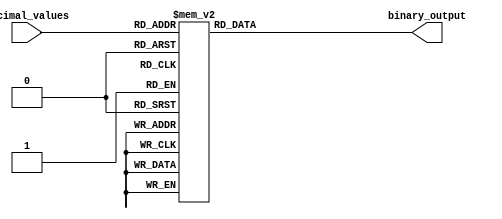
module decimal_priority_encoder(
    input [3:0] decimal_values,
    output reg [3:0] binary_output
);

always @(*) begin
    case(decimal_values)
        4'd0: binary_output = 4'b0000;
        4'd1: binary_output = 4'b0001;
        4'd2: binary_output = 4'b0010;
        4'd3: binary_output = 4'b0011;
        4'd4: binary_output = 4'b0100;
        4'd5: binary_output = 4'b0101;
        4'd6: binary_output = 4'b0110;
        4'd7: binary_output = 4'b0111;
        4'd8: binary_output = 4'b1000;
        4'd9: binary_output = 4'b1001;
        default: binary_output = 4'b0000;
    endcase
end

endmodule